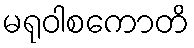
မရုဝါစကောတိ